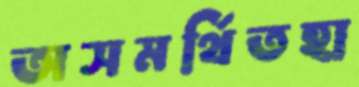
অসমর্থিতহা